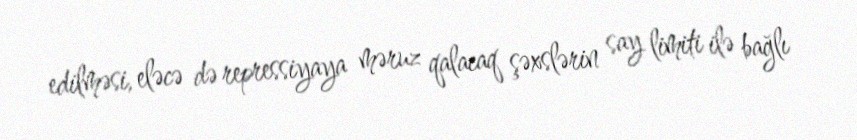
edilməsi, eləcə də repressiyaya məruz qalacaq şəxslərin say limiti ilə bağlı